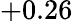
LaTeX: +0.26